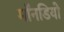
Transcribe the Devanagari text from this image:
मॉनडियो